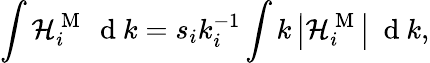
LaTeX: \int\mathcal{H}_{i}^{\mathrm{~M~}}\ \mathrm{~d~}k=s_{i}k_{i}^{-1}\int k\left|\mathcal{H}_{i}^{\mathrm{~M~}}\right|\ \mathrm{~d~}k,